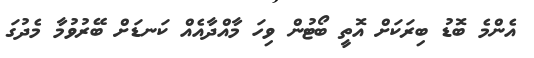
އެންމެ ބޮޑު ބިރަކަށް އޮތީ ބޯޓުން ވިހަ މާއްދާއެއް ކަނޑަށް ބޭރުވުމާ މެދުގަ